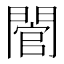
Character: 䦡